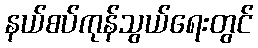
နယ်စပ်ကုန်သွယ်ရေးတွင်